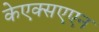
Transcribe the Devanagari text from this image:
केएक्सएएन